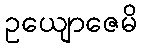
ဥယျောဇေမိ